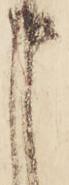
申